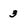
Character: 3